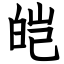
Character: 皑